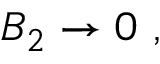
{ \cal B } _ { 2 } \rightarrow 0 \ ,